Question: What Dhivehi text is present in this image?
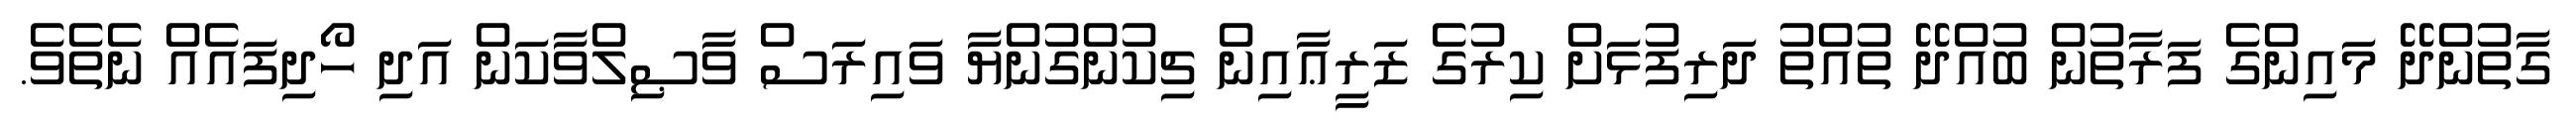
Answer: ގާތުންދޭ މައިންގެ ފަރާތުން ބުއްދޭ ތުއްތު ދަރިފުޅަށް ކިރުގެ ޒަރީޢާއިން ޗިކުންގުންޔާ ވައިރަސް ވާޞިލްވާކަން އަދި ހޯދިފައެއް ނެތެވެ.